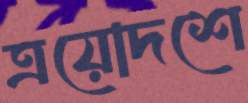
ত্রয়োদশে